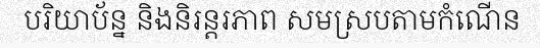
បរិយាប័ន្ន និងនិរន្តរភាព សមស្របតាមកំណើន